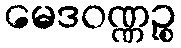
မေဒဝဏ္ဏဉ္စ